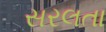
સરલતા